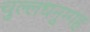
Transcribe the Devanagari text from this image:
चुल्लधनुग्गह